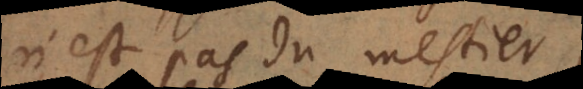
n’est pas du mestier,